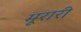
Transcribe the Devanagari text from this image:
मूरारी